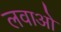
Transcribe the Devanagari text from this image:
लवाओ